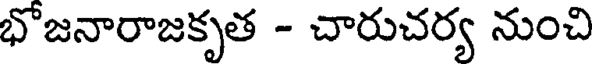
భొజనారాజకృత - చారుచర్య నుంచి